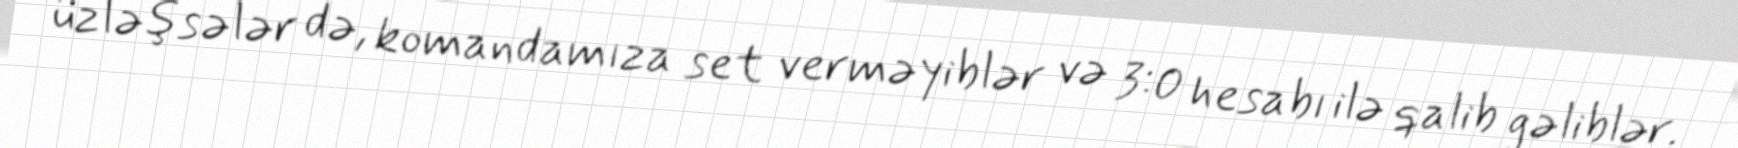
üzləşsələr də, komandamıza set verməyiblər və 3:0 hesabı ilə qalib gəliblər.